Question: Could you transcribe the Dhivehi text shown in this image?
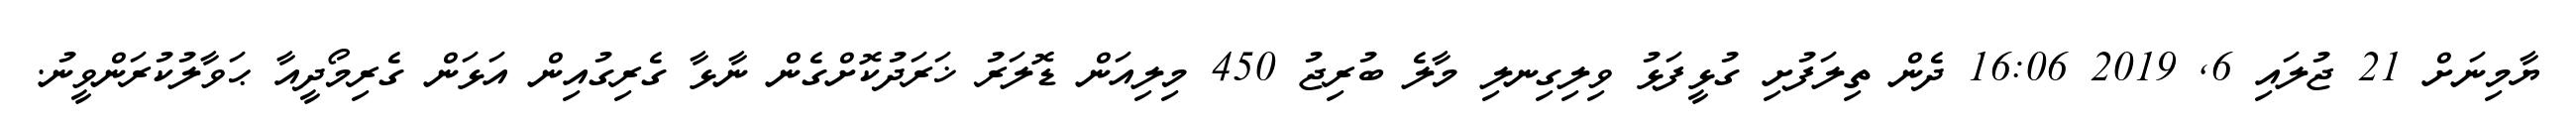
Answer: ޔާމިނަށް 21 ޖުލައި 6, 2019 16:06 ދެން ތިލަފުށި ގުޅީފަޅު ވިލިގިނލި މާލެ ބުރިޖު 450 މިލިއަން ޑޮލަރު ޚަރަދުކޮށްގެން ނާޅާ ގެރިގުއިން އަޅަން ގެރިމޯދީއާ ޙަވާލުކުރަންވީނު.